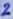
Text: 2